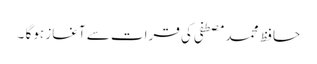
حافظ محمد مصطفی کی قرات سے آغاز ہوگا ۔